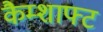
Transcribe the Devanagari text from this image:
कैम्शाफ्ट